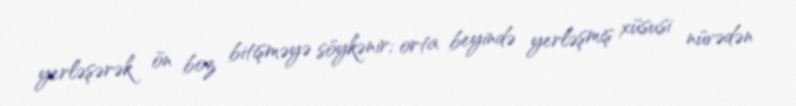
yerləşərək ön boz bitişməyə söykənir; orta beyində yerləşmiş xüsusi nüvədən